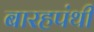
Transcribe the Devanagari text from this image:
बारहपंथी